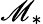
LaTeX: \mathscr{M}_{*}